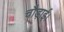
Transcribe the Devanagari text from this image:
चौड़ाई।